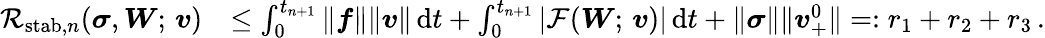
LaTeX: \begin{array}{rl}{{\mathcal{R}}_{\mathrm{stab},n}(\boldsymbol{\sigma},\boldsymbol{W};\, \boldsymbol{v})}&{\leq\int_{0}^{t_{n+1}}\| \boldsymbol{f}\| \| \boldsymbol{v}\| \, \mathrm dt+\int_{0}^{t_{n+1}}|\mathcal{F}(\boldsymbol{W};\, \boldsymbol{v})|\, \mathrm{d}t+\| \boldsymbol{\sigma}\| \| \boldsymbol{v}_{+}^{0}\| =:r_{1}+r_{2}+r_{3}\, .}\end{array}